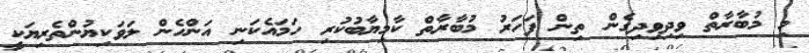
މި މުބާރާތް ވިދިވިދިގެން ތިން ފަހަރު މުބާރާތް ކާމިޔާބުކުރި ހަމައެކަނި އަންހެން ލަވަކިޔުންތެރިޔަކީ